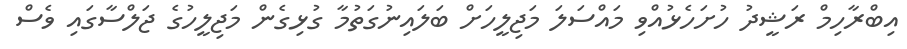
އިބްރާހިމް ރަޝީދު ހުށަހެޅުއްވި މައްސަލަ މަޖިލީހަށް ބަލައިނުގަތުމާ ގުޅިގެން މަޖިލީހުގެ ޖަލްސާގައި ވެސް